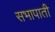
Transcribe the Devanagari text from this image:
सभापाती